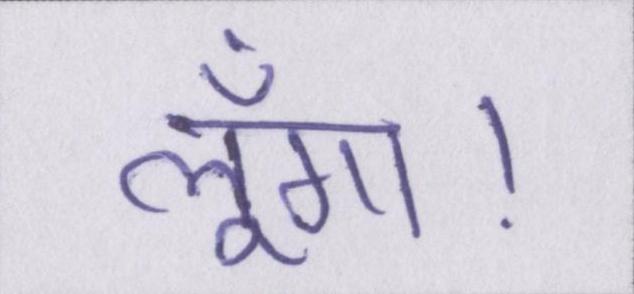
लूँगा।